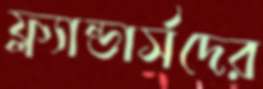
ফ্ল্যান্ডার্সদের